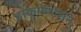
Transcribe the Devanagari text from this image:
डॉकूमेण्टेशन